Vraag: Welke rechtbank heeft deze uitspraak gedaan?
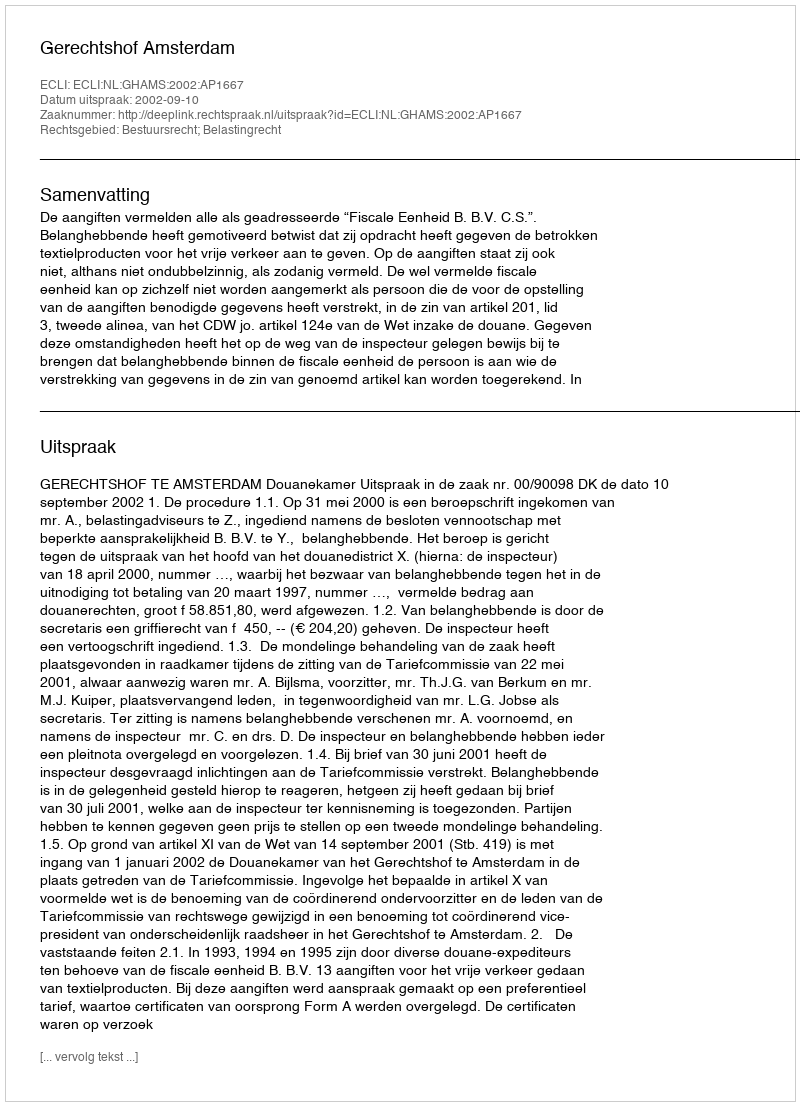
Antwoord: Gerechtshof Amsterdam